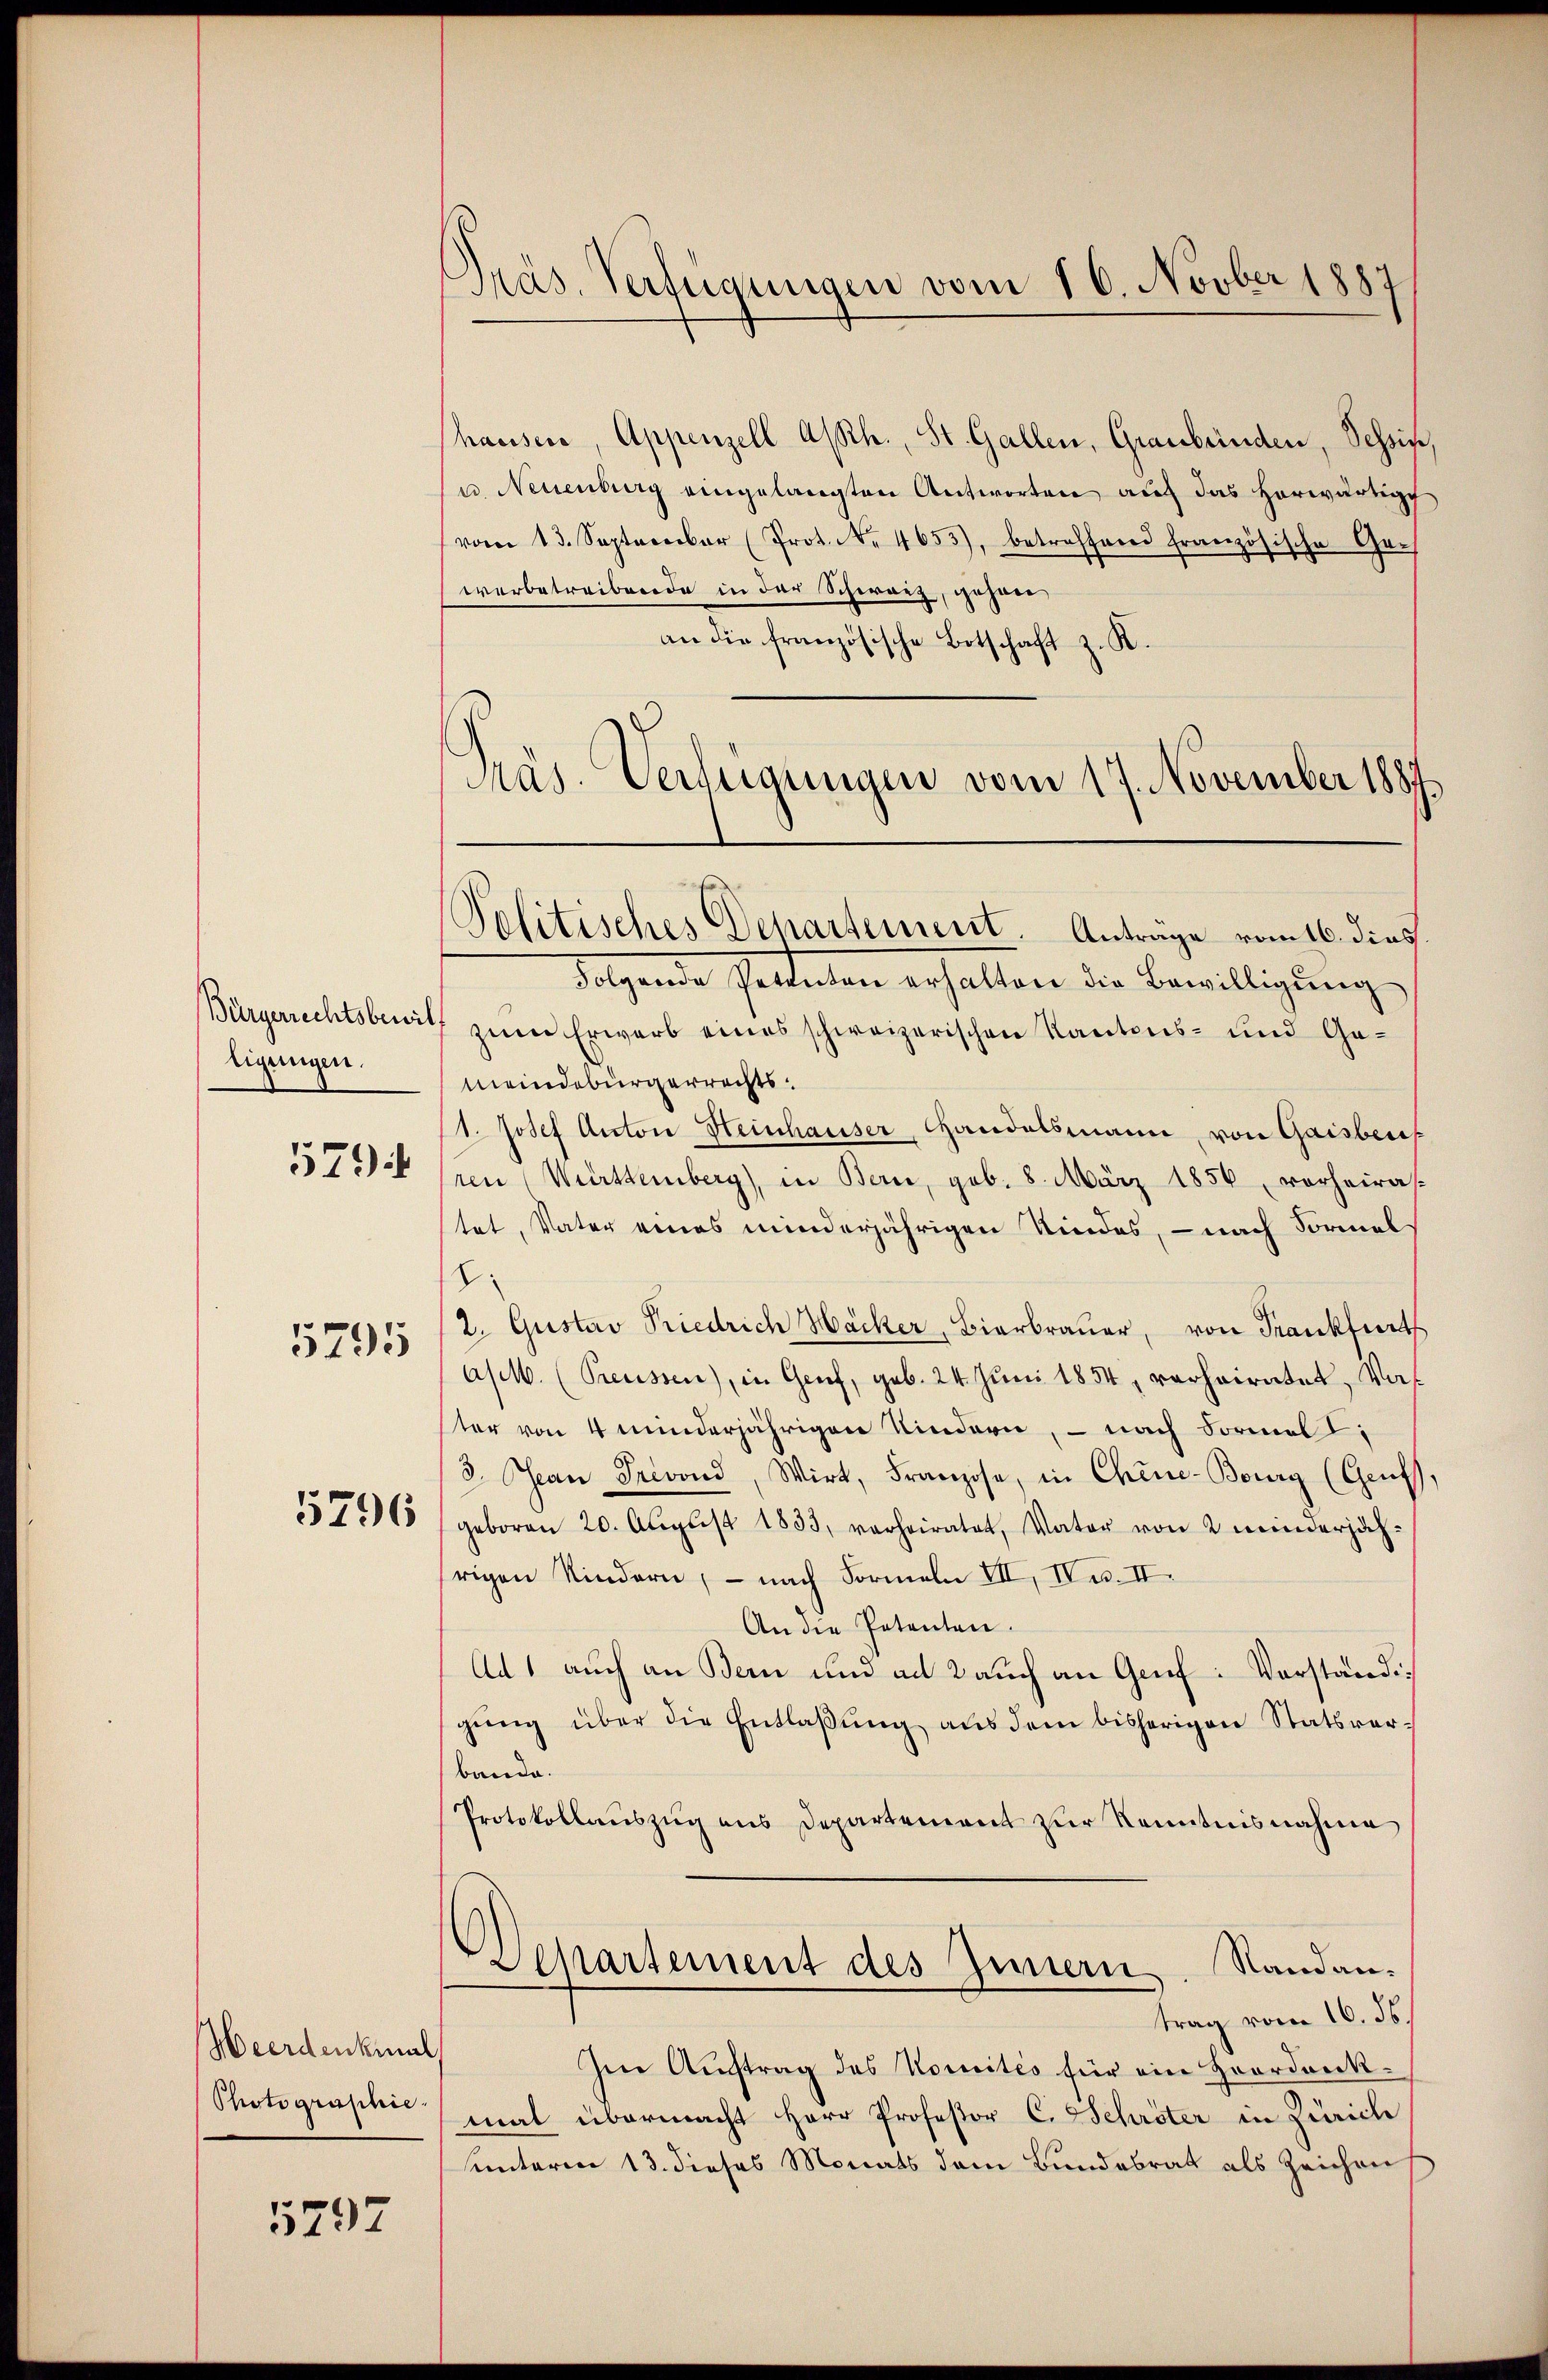
tigungen.

5794

5795

5796

Heerdenkinal
Photographie.

5797

Präs. Verfügungen vom 16. Novber 1887

hauser, Appenzell Asch., St. Gallen, Graubünden, Schois,
u. Neuenburg eingelangten Antworten auf das herwärtige
vom 13. September (Prot. . 4653), betreffend französische Gre
werbetreibende in der Schwarz, geharr
an die französische Botschaft z. K.
Präs. Verfügungen vom 17. November 1887.
Politisches Departement. Anträge vom 16. dies
Folgende Parteten erhalten die Bewilligung
Bürgerrechtsbeit zum Erwarb eines schweizerischen Kantons- und Gemeindebürgerrechts¬
11. Josef Anton Heinhauser, Handelsmann, von Gaisber
ren Württemberg), in Bern, geb. 8. März 1856 vorheiras-
stet, Vater eines minderjährigen Kindes, – nach Formal
8
2. Gustav Kriedrich Häcker, Bierbrauer, von Frankfurt
apt. (Preussen), in Graf, geb. 24. Juni 1854, verheiratet, Vorter von 4 minderjährigen Kindern, – nach Formel
2. Jean Prevond, Wirt, Franzose, in Chine-Bourg (Gruff,
geboren 20. Aŭgŭst 1833, verheiratet, Vater von 2 minderjähhrigen Kindern, — nach Formeln VII, IV u. II.
An die Patenten.
Ad 1 auch an Bern und ad 2 auch an Genf. Vorständigung über die Entlaßung aus dem bisherigen Statsverbande.
Protokollauszug aus Departement zur Kenntnisnahme
Departement des Innern. Sandantrag vom 16. ds.
Im Auftrag des Komités für ein Hordankmal übermacht Herr Professor C. Schröter in Zürich
unterm 13. dieses Monats dem Bundesrat als Zeichen